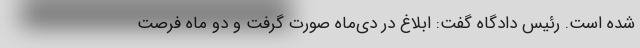
شده است. رئیس دادگاه گفت: ابلاغ در دی‌ماه صورت گرفت و دو ماه فرصت